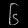
Digit: ၆